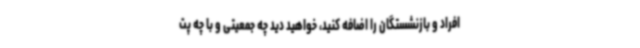
افراد و بازنشستگان را اضافه کنید، خواهید دید چه جمعیتی و با چه پت